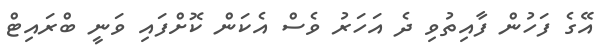
އޭގެ ފަހުން ފާއިތުވި ދެ އަހަރު ވެސް އެކަން ކޮށްފައި ވަނީ ބްރައިޓް